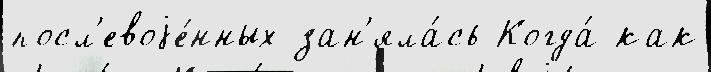
посл'евоjе́нных зан'яла́сь Когда́ как